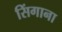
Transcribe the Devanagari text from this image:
सिंगाना